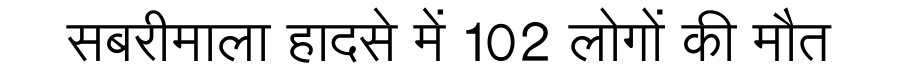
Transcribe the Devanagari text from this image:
सबरीमाला हादसे में 102 लोगों की मौत